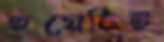
হয়েছিই